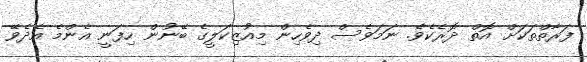
ފަރާތްތަކަށް އޮތް ދޮރެކެވެ. ނަމަވެސް ދިވެހިން މިއުޒިކަލީގެ ބޭނުން ހިފަނީ އެންމެ އެދެވޭ